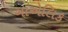
ગાએલિક